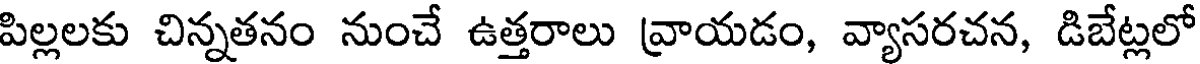
పిల్లలకు చిన్నతనం నుంచే ఉత్తరాలు వ్రాయడం, వ్యాసరచన, డిబేట్లలో